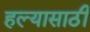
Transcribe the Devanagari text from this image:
हल्यासाठी